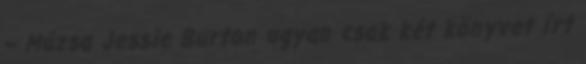
– Múzsa Jessie Burton ugyan csak két könyvet írt